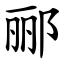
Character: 郦